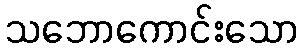
သဘောကောင်းသော